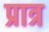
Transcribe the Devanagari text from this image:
प्रात्र